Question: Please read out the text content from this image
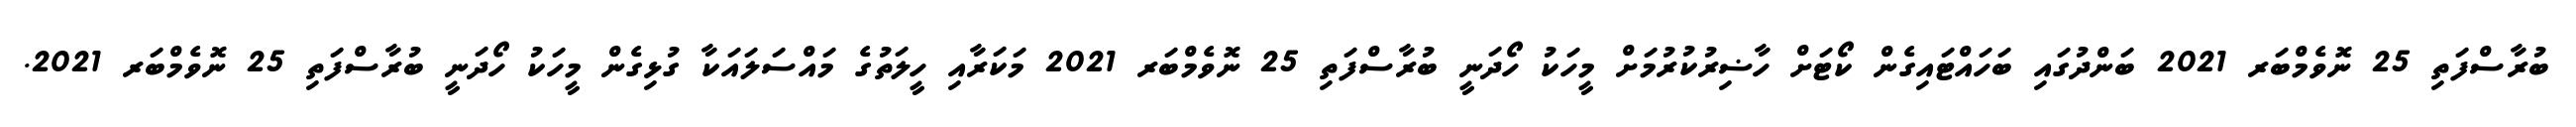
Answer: ބުރާސްފަތި 25 ނޮވެމްބަރ 2021 ބަންދުގައި ބަހައްޓައިގެން ކޯޓަށް ހާޟިރުކުރުމަށް މީހަކު ހޯދަނީ ބުރާސްފަތި 25 ނޮވެމްބަރ 2021 މަކަރާއި ހީލަތުގެ މައްސަލައަކާ ގުޅިގެން މީހަކު ހޯދަނީ ބުރާސްފަތި 25 ނޮވެމްބަރ 2021.